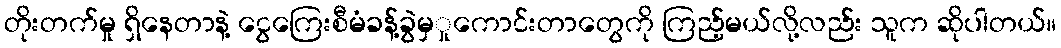
တိုးတက်မှု ရှိနေတာနဲ့ ငွေကြေးစီမံခန့်ခွဲမှှုကောင်းတာတွေကို ကြည့်မယ်လို့လည်း သူက ဆိုပါတယ်။